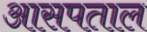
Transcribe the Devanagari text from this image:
आसपताल